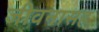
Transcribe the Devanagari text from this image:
जीवनासह